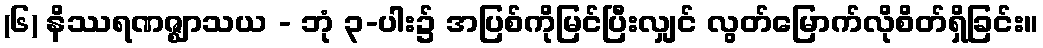
(၆) နိဿရဏဇ္ဈာသယ - ဘုံ ၃-ပါး၌ အပြစ်ကိုမြင်ပြီးလျှင် လွတ်မြောက်လိုစိတ်ရှိခြင်း။